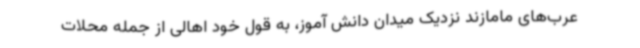
عرب‌های مامازند نزدیک میدان دانش آموز، به‌ قول خود اهالی از جمله محلات